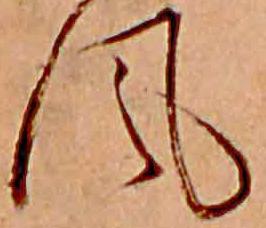
風